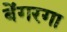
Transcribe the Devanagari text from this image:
बेंगरगा